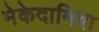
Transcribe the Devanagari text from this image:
मेकेदामिया